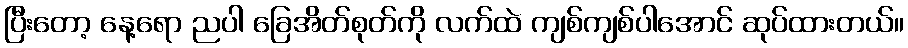
ပြီးတော့ နေ့ရော ညပါ ခြေအိတ်စုတ်ကို လက်ထဲ ကျစ်ကျစ်ပါအောင် ဆုပ်ထားတယ်။